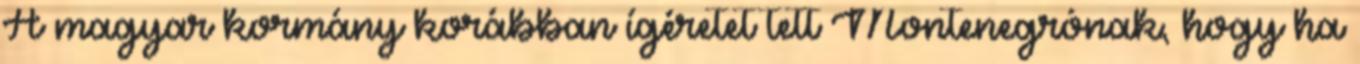
A magyar kormány korábban ígéretet tett Montenegrónak, hogy ha